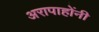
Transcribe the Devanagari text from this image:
अरापाहोंनी